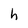
Character: h